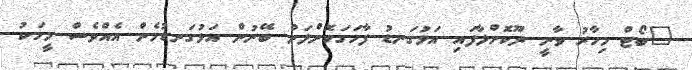
"ބޯޓް މިހާރު ވާނީ ދޫކޮށްލާފައި އަޅުގަނޑު ފާހަގަކޮށްލަން ބޭނުން އަޅުގަނޑުމެން އެއްވެސް މީހަކު